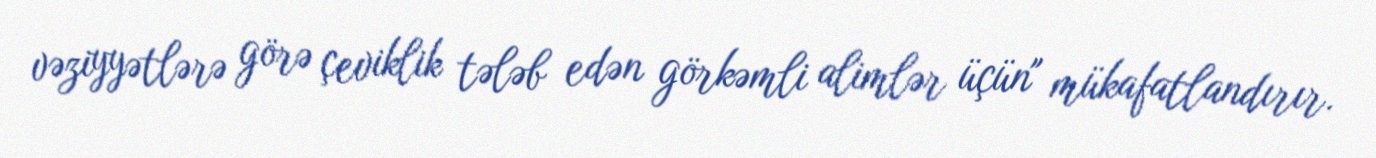
vəziyyətlərə görə çeviklik tələb edən görkəmli alimlər üçün" mükafatlandırır.